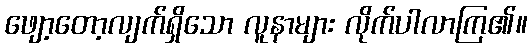
ဖျော့တော့လျက်ရှိသော လူနာများ လိုက်ပါလာကြ၏။